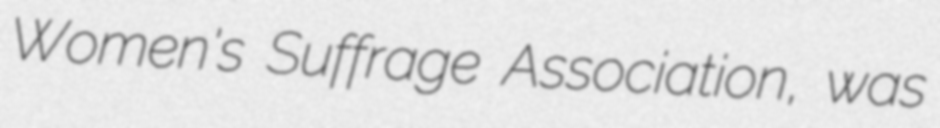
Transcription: Women's Suffrage Association, was